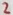
Text: 2